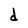
Character: d